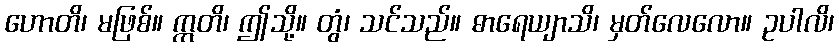
ဟောတိ၊ မဖြစ်။ ဣတိ၊ ဤသို့။ တွံ၊ သင်သည်။ ဓာရေယျာသိ၊ မှတ်လေလော။ ဥပါလိ၊